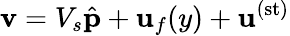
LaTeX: \mathbf{v}=V_{s}\hat{\mathbf p}+\mathbf{u}_{f}(y)+{\mathbf u}^{(\mathrm{st})}